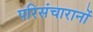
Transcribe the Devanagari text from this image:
परिसंचारानों